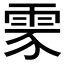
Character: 𩂚